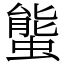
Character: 螚